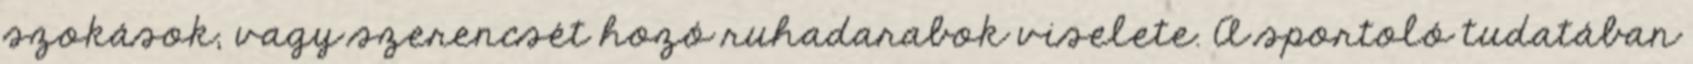
szokások, vagy szerencsét hozó ruhadarabok viselete. A sportoló tudatában